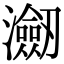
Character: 𭳤